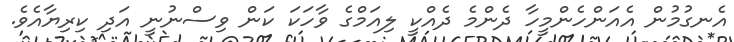
އެނގުމުން އެއަންހެންމީހާ ދެންމެ ދެއްކީ ލިއަމްގެ ވާހަކަ ކަން ވިސްނުނީ އަދި ކިރިޔާއެވެ.